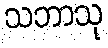
သဘာသု